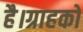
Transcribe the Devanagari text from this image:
है।ग्राहकों